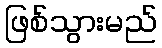
ဖြစ်သွားမည်